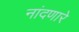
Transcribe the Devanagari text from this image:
नांदणारे